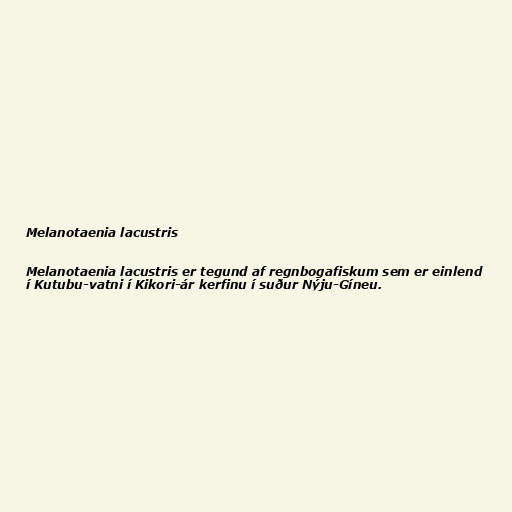
Melanotaenia lacustris

Melanotaenia lacustris er tegund af regnbogafiskum sem er einlend
í Kutubu-vatni í Kikori-ár kerfinu í suður Nýju-Gíneu.